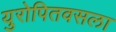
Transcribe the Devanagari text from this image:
युरोपितवसला